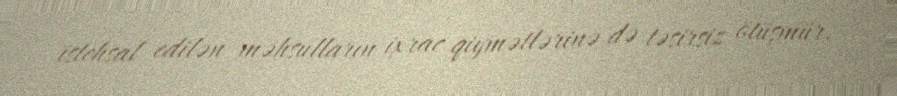
istehsal edilən məhsulların ixrac qiymətlərinə də təsirsiz ötüşmür.